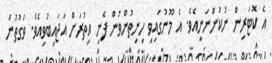
އެ ކޮޓަރިން ނުކުންނަނީއެވެ. އެ މޫނުގައިވި ހިނިތުންވުން ފެނި އިތުރަށް އަޖައިބުވިއެވެ. ވަގުތުން